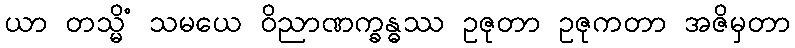
ယာ တသ္မိံ သမယေ ဝိညာဏက္ခန္ဓဿ ဥဇုတာ ဥဇုကတာ အဇိမှတာ